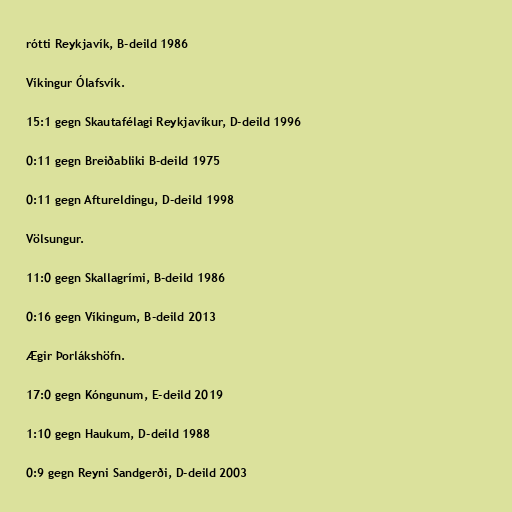
rótti Reykjavík, B-deild 1986

Víkingur Ólafsvík.

15:1 gegn Skautafélagi Reykjavíkur, D-deild 1996

0:11 gegn Breiðabliki B-deild 1975

0:11 gegn Aftureldingu, D-deild 1998

Völsungur.

11:0 gegn Skallagrími, B-deild 1986

0:16 gegn Víkingum, B-deild 2013

Ægir Þorlákshöfn.

17:0 gegn Kóngunum, E-deild 2019

1:10 gegn Haukum, D-deild 1988

0:9 gegn Reyni Sandgerði, D-deild 2003